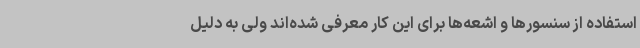
استفاده از سنسورها و اشعه‌ها برای این کار معرفی شده‌اند ولی به دلیل